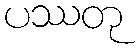
ပဿတု